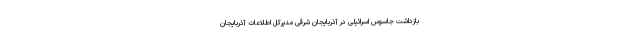
بازداشت جاسوس اسرائیلی در آذربایجان شرقی مدیرکل اطلاعات آذربایجان